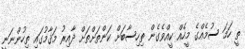
ތީ ހަމަ ސުމެއްގެ މީހެއް ކީއްވެގެން ތިހިސާބަށް ކަންތަށްތަށް ދާއިރު މަޤާމުގައި ތިހުންނަނީ